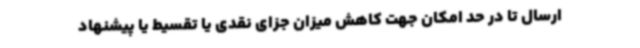
ارسال تا در حد امکان جهت کاهش میزان جزای نقدی یا تقسیط یا پیشنهاد